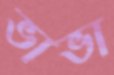
ভাভা